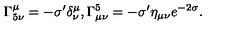
\Gamma _ { 5 \nu } ^ { \mu } = - \sigma ^ { \prime } \delta _ { \nu } ^ { \mu } , \Gamma _ { \mu \nu } ^ { 5 } = - \sigma ^ { \prime } \eta _ { \mu \nu } e ^ { - 2 \sigma } .